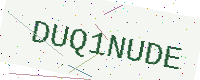
Text: DUQ1NUDE